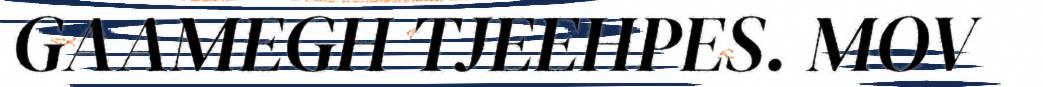
GAAMEGH TJEEHPES. MOV